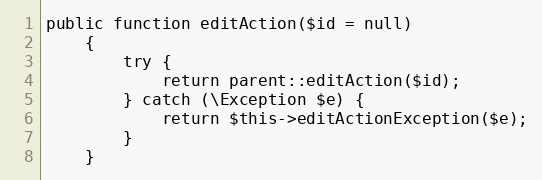
Language: PHP
public function editAction($id = null)
    {
        try {
            return parent::editAction($id);
        } catch (\Exception $e) {
            return $this->editActionException($e);
        }
    }